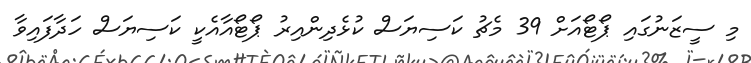
މި ސީޒަނުގައި ޕޯޓޯއަށް 39 މެޗު ކަސިޔަސް ކުޅެދިންއިރު ޕޯޓޯއާއެކީ ކަސިޔަސް ހަދާފައިވާ